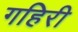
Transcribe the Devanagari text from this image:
गहिरी